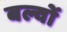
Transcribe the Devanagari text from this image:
बल्वों